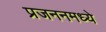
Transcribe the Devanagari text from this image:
प्रजननमध्ये